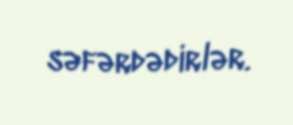
səfərdədirlər.